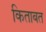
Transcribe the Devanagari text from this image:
किताबत